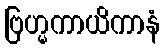
ဗြဟ္မကာယိကာနံ